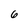
Character: 6